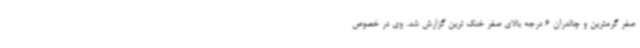
صفر گرمترین و چالدران 6 درجه بالای صفر خنک ترین گزارش شد. وی در خصوص